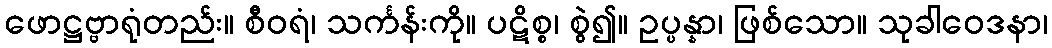
ဖောဋ္ဌဗ္ဗာရုံတည်း။ စီဝရံ၊ သင်္ကန်းကို။ ပဋိစ္စ၊ စွဲ၍။ ဥပ္ပန္နာ၊ ဖြစ်သော။ သုခါဝေဒနာ၊